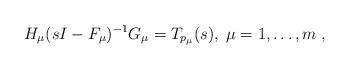
LaTeX: \begin{align*} H_\mu(sI-F_\mu)^{-1} G_\mu = T_{p_\mu}(s), \; \mu = 1,\ldots, m\; , \end{align*}